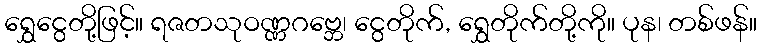
ရွှေငွေတို့ဖြင့်။ ရဇတသုဝဏ္ဏဂဗ္ဘေ၊ ငွေတိုက်, ရွှေတိုက်တို့ကို။ ပုန၊ တစ်ဖန်။